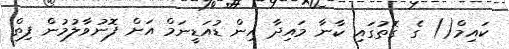
ކައިމް() ގެ ގޮތުގައި ކާނާ މައިދާ އިން ޑުއަޑީނަމް އަށް ފޮނުވާލުމުން ފިތް